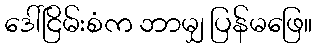
ဒေါ်ငြိမ်းစံက ဘာမျှ ပြန်မဖြေ။